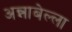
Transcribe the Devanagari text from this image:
अन्नाबेल्ला